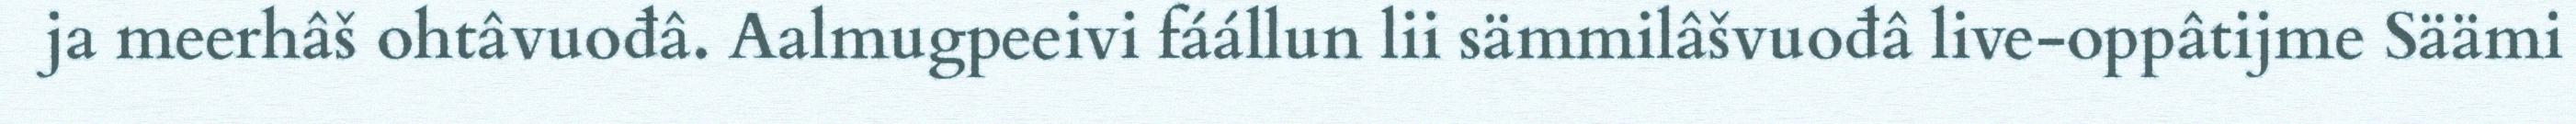
ja meerhâš ohtâvuođâ. Aalmugpeeivi fáállun lii sämmilâšvuođâ live-oppâtijme Säämi